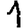
Digit: 1